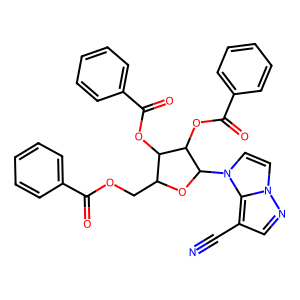
SMILES: N#Cc1cnn2ccn(C3OC(COC(=O)c4ccccc4)C(OC(=O)c4ccccc4)C3OC(=O)c3ccccc3)c12
Inhibits HIV replication: No